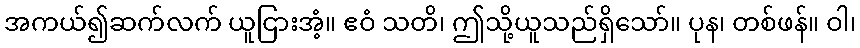
အကယ်၍ဆက်လက် ယူငြားအံ့။ ဧဝံ သတိ၊ ဤသို့ယူသည်ရှိသော်။ ပုန၊ တစ်ဖန်။ ဝါ၊